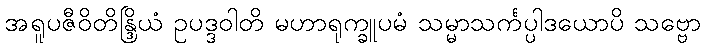
အရူပဇီဝိတိန္ဒြိယံ ဥပဒ္ဒဝါတိ မဟာရုက္ခူပမံ သမ္မာသင်္ကပ္ပါဒယောပိ သဗ္ဗော